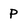
Character: P